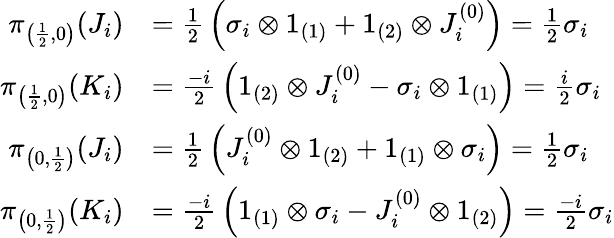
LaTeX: {\begin{array}{rl}{\pi_{\left({\frac{1}{2}},0\right)}(J_{i})}&{={\frac{1}{2}}\left(\sigma_{i}\otimes 1_{(1)}+1_{(2)}\otimes J_{i}^{(0)}\right)={\frac{1}{2}}\sigma_{i}}\\ {\pi_{\left({\frac{1}{2}},0\right)}(K_{i})}&{={\frac{-i}{2}}\left(1_{(2)}\otimes J_{i}^{(0)}-\sigma_{i}\otimes 1_{(1)}\right)={\frac{i}{2}}\sigma_{i}}\\ {\pi_{\left(0,{\frac{1}{2}}\right)}(J_{i})}&{={\frac{1}{2}}\left(J_{i}^{(0)}\otimes 1_{(2)}+1_{(1)}\otimes\sigma_{i}\right)={\frac{1}{2}}\sigma_{i}}\\ {\pi_{\left(0,{\frac{1}{2}}\right)}(K_{i})}&{={\frac{-i}{2}}\left(1_{(1)}\otimes\sigma_{i}-J_{i}^{(0)}\otimes 1_{(2)}\right)={\frac{-i}{2}}\sigma_{i}}\end{array}}